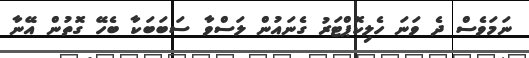
ނަމަވެސް ދެ ވަނަ ހެލިކޮޕްޓަރު ގެނައުން ލަސްވާ ސަބަބަކާ ބެހޭ ގޮތުން އޭނާ